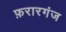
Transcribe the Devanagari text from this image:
फ़रारगंज